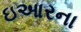
ઇઆરના